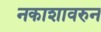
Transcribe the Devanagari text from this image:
नकाशावरुन